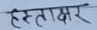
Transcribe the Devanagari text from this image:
हस्ताक्षर